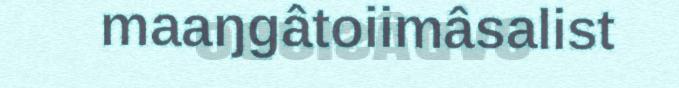
maaŋgâtoiimâsalist